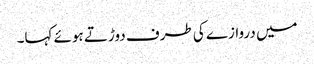
میں دروازے کی طرف دوڑتے ہوئے کہا۔